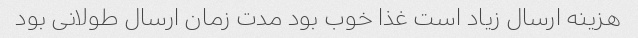
هزینه ارسال زیاد است غذا خوب بود مدت زمان ارسال طولانی بود